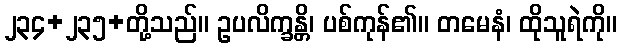
၂၃၄+၂၃၅+တို့သည်။ ဥပလိက္ခန္တိ၊ ပစ်ကုန်၏။ တမေနံ၊ ထိုသူရဲကို။